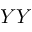
Y Y